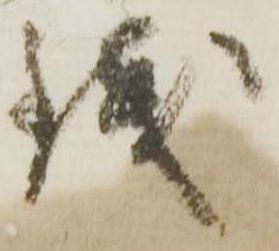
銭